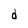
Character: d